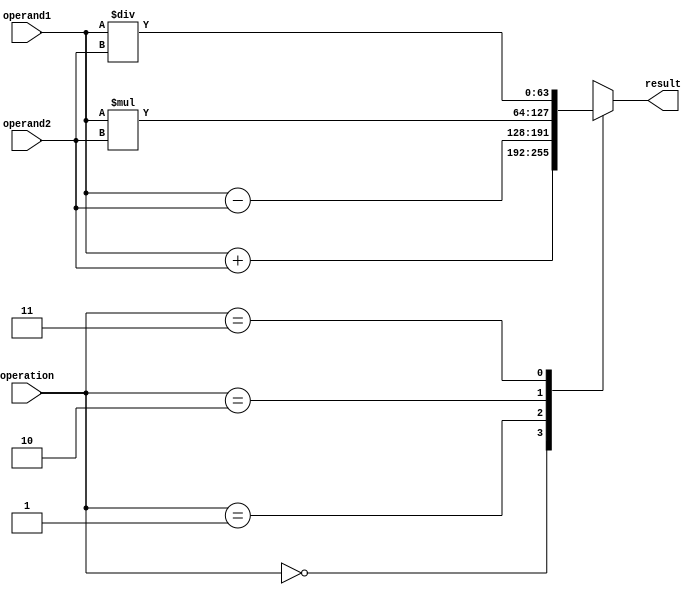
module double_precision_fpu(
    input wire [63:0] operand1, // input for first double precision floating point number
    input wire [63:0] operand2, // input for second double precision floating point number
    input wire [2:0] operation, // control signal for choosing arithmetic operation
    output wire [63:0] result // output for the result of arithmetic operation
);

reg [63:0] result_reg; // register to store the result of arithmetic operation

always @(*) begin
    case(operation)
        3'b000: result_reg = operand1 + operand2; // addition
        3'b001: result_reg = operand1 - operand2; // subtraction
        3'b010: result_reg = operand1 * operand2; // multiplication
        3'b011: result_reg = operand1 / operand2; // division
        default: result_reg = 64'hx; // default value for invalid operation
    endcase
end

assign result = result_reg; // assign the result to output port

endmodule